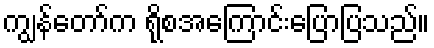
ကျွန်တော်က ရိုစအကြောင်းပြောပြသည်။